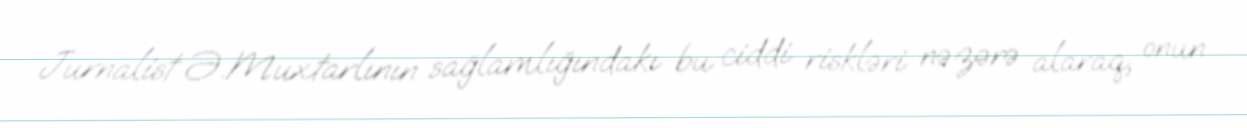
Jurnalist Ə.Muxtarlının sağlamlığındakı bu ciddi riskləri nəzərə alaraq, onun